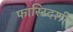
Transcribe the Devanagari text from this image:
फास्स्दिशी